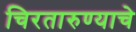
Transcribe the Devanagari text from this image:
चिरतारुण्याचे